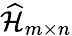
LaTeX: \widehat{\mathcal{H}}_{m\times n}